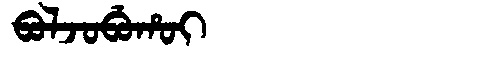
Manchu: ᠪᠣᠯᠵᠣᠪᡠᡥᠣᡳ
Romanization: BOLJOBUHOI